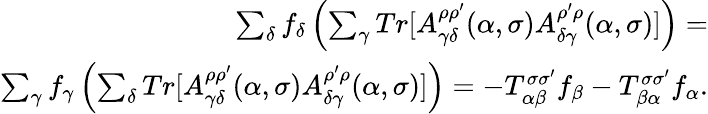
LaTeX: \begin{array}{r}{\sum_{\delta}f_{\delta}\left(\sum_{\gamma}Tr[A_{\gamma\delta}^{\rho\rho^{\prime}}(\alpha,\sigma)A_{\delta\gamma}^{\rho^{\prime}\rho}(\alpha,\sigma)]\right)=}\\ {\sum_{\gamma}f_{\gamma}\left(\sum_{\delta}Tr[A_{\gamma\delta}^{\rho\rho^{\prime}}(\alpha,\sigma)A_{\delta\gamma}^{\rho^{\prime}\rho}(\alpha,\sigma)]\right)=-T_{\alpha\beta}^{\sigma\sigma^{\prime}}f_{\beta}-T_{\beta\alpha}^{\sigma\sigma^{\prime}}f_{\alpha}.}\end{array}